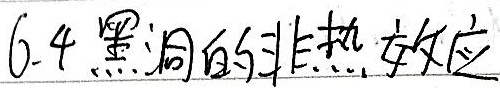
6.4 黑洞的非热效应